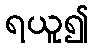
ရယူ၍